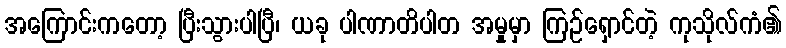
အကြောင်းကတော့ ပြီးသွားပါပြီ၊ ယခု ပါဏာတိပါတ အမှုမှာ ကြဉ်ရှောင်တဲ့ ကုသိုလ်ကံ၏